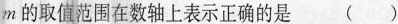
m的取值范围在数轴上表示正确的是()